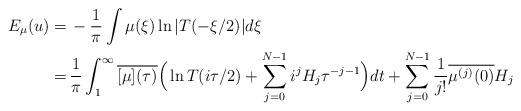
LaTeX: \begin{align*} E_\mu(u) = &\, -\frac1\pi \int \mu(\xi) \ln |T(-\xi/2)| d\xi \\ = &\, \frac1\pi \real \int_1^\infty \overline{[\mu](\tau)} \Big( \ln T(i\tau/2) + \sum_{j=0}^{N-1} i^j H_{j} \tau^{-j-1}\Big) dt + \sum_{j=0}^{N-1} \frac1{j!}\overline{ \mu^{(j)}(0)} H_{j} \end{align*}